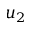
u _ { 2 }